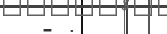
- .